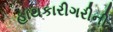
હાથકારીગરીની